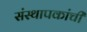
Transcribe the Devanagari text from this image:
संस्थापकांची